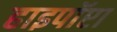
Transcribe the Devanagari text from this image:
हाइपॉप्टा